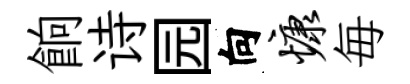
餉诗园向慷毎